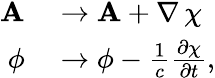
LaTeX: \begin{array}{rl}{\mathbf{A}}&{{}\to\mathbf{A}+\nabla\, \chi}\\ {\mathbf{\phi}}&{{}\to\mathbf{\phi}-\frac{1}{c}\frac{\partial\chi}{\partial t},}\end{array}